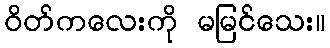
ဝိတ်ကလေးကို မမြင်သေး။